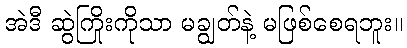
အဲဒီ ဆွဲကြိုးကိုသာ မချွတ်နဲ့ မဖြစ်စေရဘူး။